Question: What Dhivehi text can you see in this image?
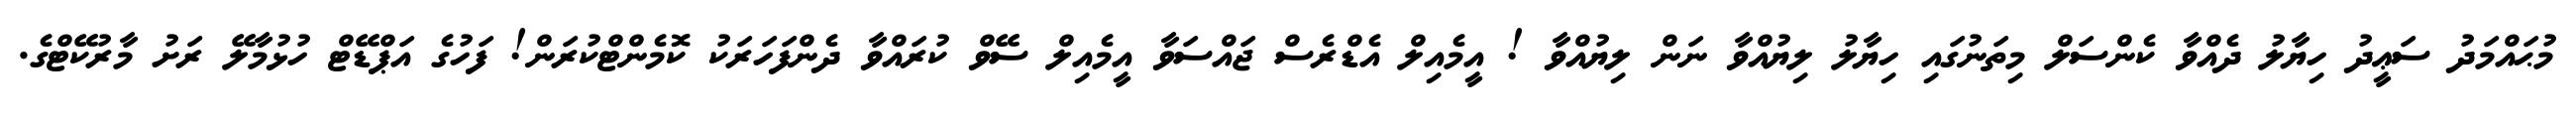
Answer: މުޙައްމަދު ސަޢީދު ހިޔާލު ދެއްވާ ކެންސަލް މިތަނުގައި ހިޔާލު ލިޔުއްވާ ނަން ލިޔުއްވާ ! އީމެއިލް އެޑްރެސް ޖައްސަވާ އީމެއިލް ސޭވް ކުރައްވާ ދެންފަހަރަކު ކޮމެންޓްކުރަން! ފަހުގެ އަޕްޑޭޓް ހުޅުމާލޭ ރަށު މާރުކޭޓްގެ.